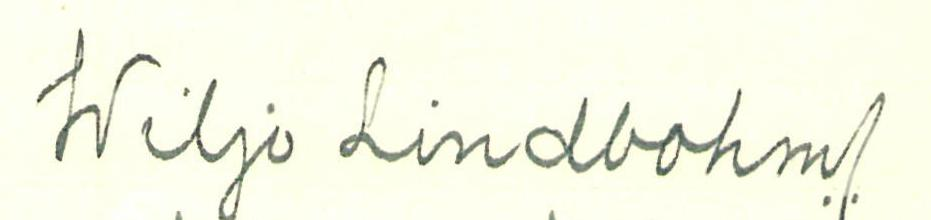
Wiljo Lindbohm